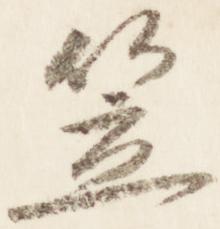
笠